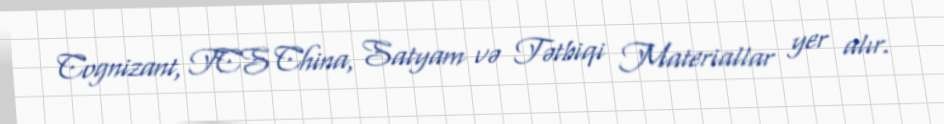
Cognizant, TCS China, Satyam və Tətbiqi Materiallar yer alır.